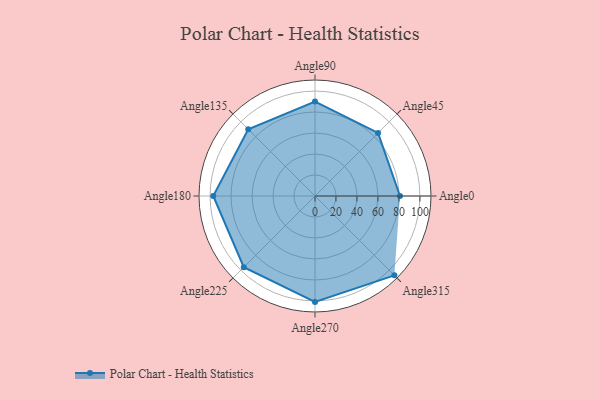
{"axis": {"x": "Angle", "y": "Radius"}, "legend": [""], "data": [{"x": "Angle0", "y": 81.0, "type": ""}, {"x": "Angle45", "y": 85.0, "type": ""}, {"x": "Angle90", "y": 90.0, "type": ""}, {"x": "Angle135", "y": 90.0, "type": ""}, {"x": "Angle180", "y": 97.0, "type": ""}, {"x": "Angle225", "y": 96.0, "type": ""}, {"x": "Angle270", "y": 101.0, "type": ""}, {"x": "Angle315", "y": 107.0, "type": ""}]}